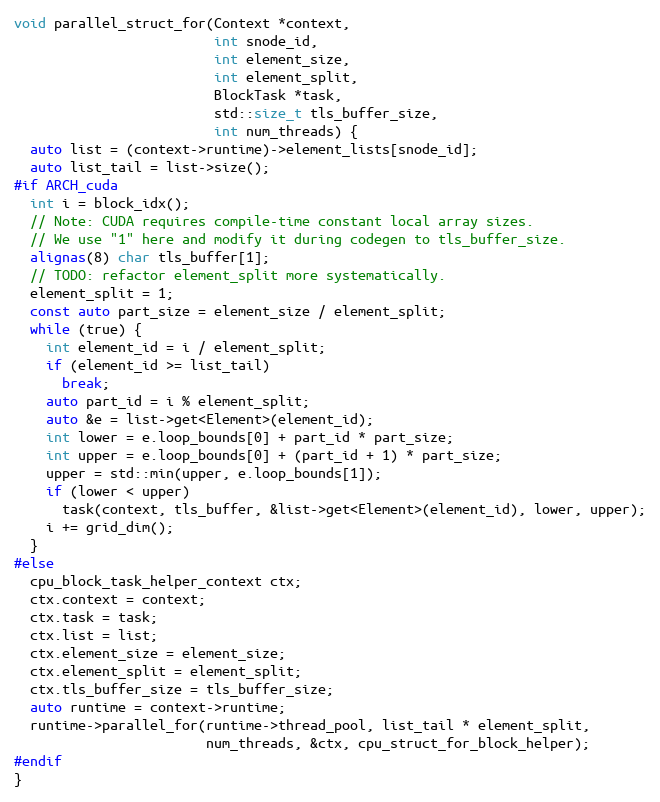
Language: C++
void parallel_struct_for(Context *context,
                         int snode_id,
                         int element_size,
                         int element_split,
                         BlockTask *task,
                         std::size_t tls_buffer_size,
                         int num_threads) {
  auto list = (context->runtime)->element_lists[snode_id];
  auto list_tail = list->size();
#if ARCH_cuda
  int i = block_idx();
  // Note: CUDA requires compile-time constant local array sizes.
  // We use "1" here and modify it during codegen to tls_buffer_size.
  alignas(8) char tls_buffer[1];
  // TODO: refactor element_split more systematically.
  element_split = 1;
  const auto part_size = element_size / element_split;
  while (true) {
    int element_id = i / element_split;
    if (element_id >= list_tail)
      break;
    auto part_id = i % element_split;
    auto &e = list->get<Element>(element_id);
    int lower = e.loop_bounds[0] + part_id * part_size;
    int upper = e.loop_bounds[0] + (part_id + 1) * part_size;
    upper = std::min(upper, e.loop_bounds[1]);
    if (lower < upper)
      task(context, tls_buffer, &list->get<Element>(element_id), lower, upper);
    i += grid_dim();
  }
#else
  cpu_block_task_helper_context ctx;
  ctx.context = context;
  ctx.task = task;
  ctx.list = list;
  ctx.element_size = element_size;
  ctx.element_split = element_split;
  ctx.tls_buffer_size = tls_buffer_size;
  auto runtime = context->runtime;
  runtime->parallel_for(runtime->thread_pool, list_tail * element_split,
                        num_threads, &ctx, cpu_struct_for_block_helper);
#endif
}